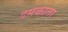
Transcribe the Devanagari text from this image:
दमकाता